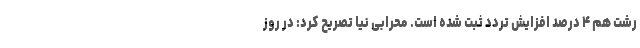
رشت هم ۴ درصد افزایش تردد ثبت شده است. محرابی نیا تصریح کرد: در روز